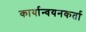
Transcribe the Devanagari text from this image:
कार्यान्वयनकर्ता